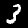
Digit: 3